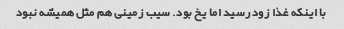
با اینکه غذا زود رسید اما یخ بود. سیب زمینی هم مثل همیشه نبود